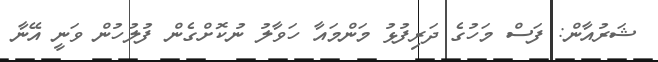
ޝަރުއާން: ފަސް މަހުގެ ދަރިފުޅު މަންމައާ ހަވާލު ނުކޮށްގެން ފުލުހުން ވަނީ އޭނާ